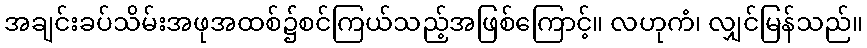
အချင်းခပ်သိမ်းအဖုအထစ်၌စင်ကြယ်သည့်အဖြစ်ကြောင့်။ လဟုကံ၊ လျှင်မြန်သည်။